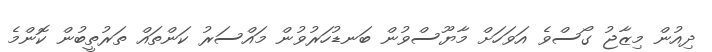
ދިއުން މިޒާޖު ގޯސްވެ އަވަހަށް މާޔޫސްވުން ބަނޑުހަރުވުން މައްސަރު ކަންތައް ތަރުތީބުން ކޮންމެ